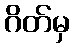
ဂိတ်မှ